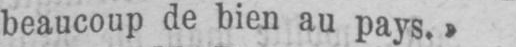
beaucoup de bien au pays.»